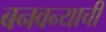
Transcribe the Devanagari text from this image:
बनवन्याची